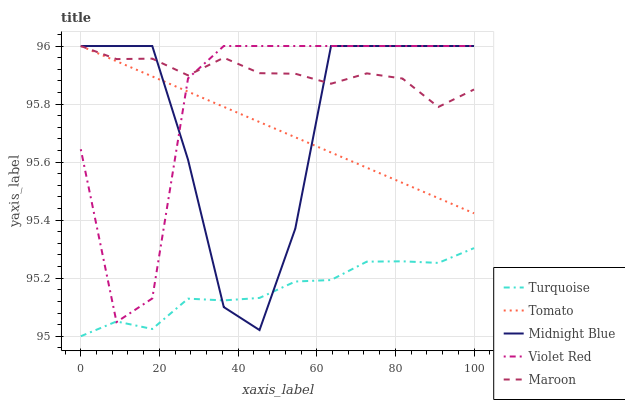
| xaxis_label | Turquoise | Tomato | Midnight Blue | Violet Red | Maroon |
 | --- | --- | --- | --- | --- | --- |
 | 0 | 95 | 96 | 96 | 95.6 | 96 |
 | 9.09 | 95.1 | 95.9 | 96 | 95 | 96 |
 | 18.2 | 95 | 95.9 | 96 | 95.1 | 96 |
 | 27.3 | 95.1 | 95.8 | 95.6 | 95.9 | 95.9 |
 | 36.4 | 95.1 | 95.8 | 95.1 | 96 | 96 |
 | 45.5 | 95.1 | 95.7 | 95 | 96 | 95.9 |
 | 54.5 | 95.2 | 95.7 | 95.4 | 96 | 95.9 |
 | 63.6 | 95.2 | 95.6 | 96 | 96 | 95.9 |
 | 72.7 | 95.3 | 95.6 | 96 | 96 | 95.9 |
 | 81.8 | 95.3 | 95.5 | 96 | 96 | 95.9 |
 | 90.9 | 95.3 | 95.5 | 96 | 96 | 95.8 |
 | 100 | 95.3 | 95.4 | 96 | 96 | 95.9 |